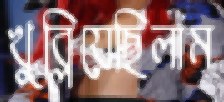
খুব্‌লিয়েছিলাম